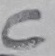
Text: C